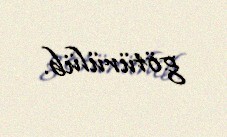
götürülüb.